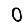
Digit: 0